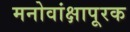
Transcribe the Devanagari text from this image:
मनोवांक्षापूरक